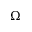
\Omega